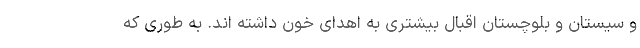
و سیستان و بلوچستان اقبال بیشتری به اهدای خون داشته اند. به طوری که